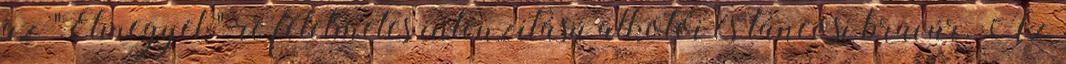
az "Elmegyek"-re félelmetes intenzitású alkotói és táncosi bravúr. Az